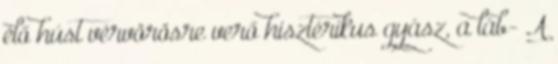
élő húst vérvörösre verő hisztérikus gyász, a láb- A